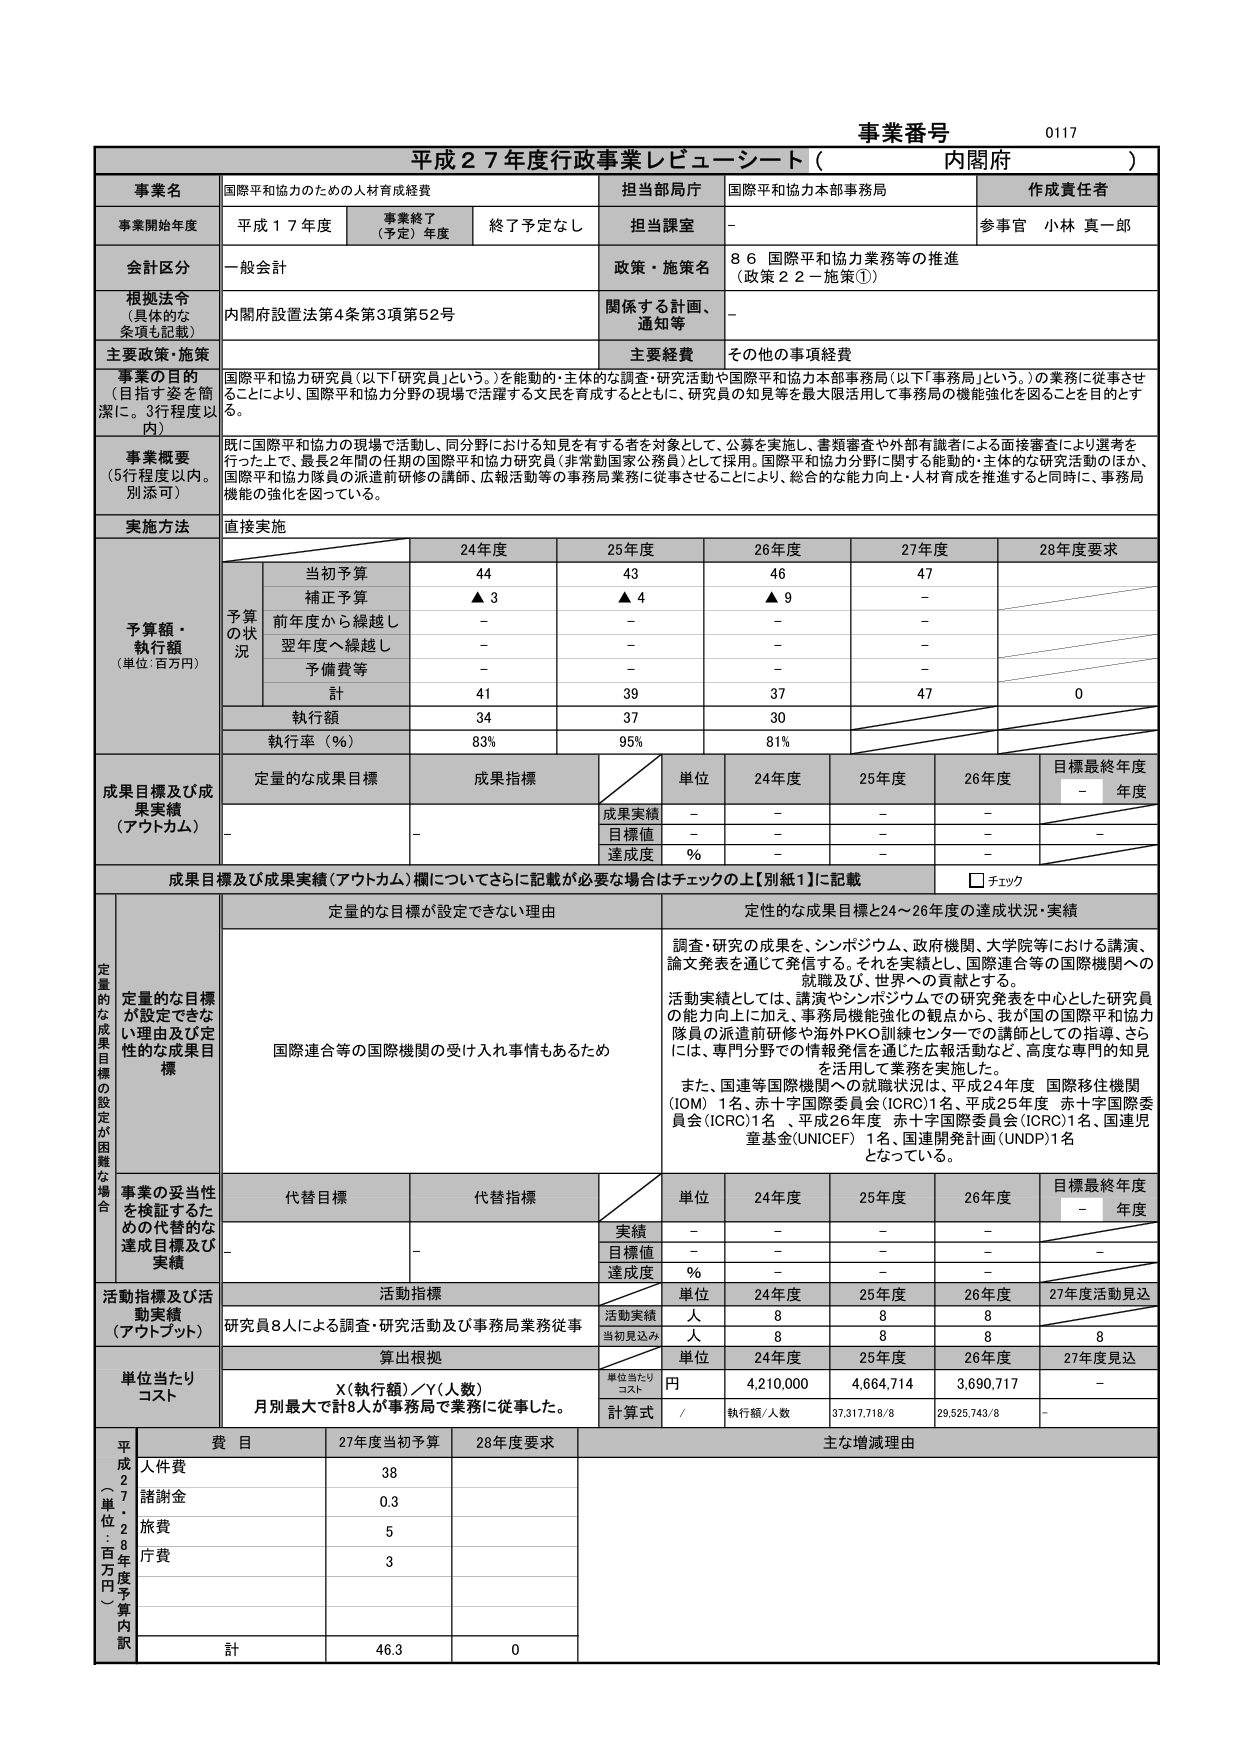
事業番号 0117
平成27年度行政事業レビュー・シート（内閣府）

事業名 国際平和協力のための人材育成経費
担当部局庁 国際平和協力本部事務局
作成責任者 参事官 小林 真一郎

事業開始年度 平成17年度
事業終了（予定）年度 終了予定なし
担当課室 -

会計区分 一般会計
政策・施策名 8.6 国際平和協力業務等の推進（政策22－施策①）

根拠法令（具体的な条項も記載） 内閣府設置法第4条第3項第52号
関係する計画、通知等 -

主要政策・施策 主要経費 その他の事項経費

事業の目的（目指す姿を簡潔に。3行程度以内）
国際平和協力研究員（以下「研究員」という。）を能動的・主体的な調査・研究活動や国際平和協力本部事務局（以下「事務局」という。）の業務に従事させることにより、国際平和協力分野の現場で活躍する文民を育成するとともに、研究員の知見等を最大限活用して事務局の機能強化を図ることを目的とする。

事業概要（5行程度以内。別添可）
既に国際平和協力の現場で活動し、同分野における知見を有する者を対象として、公募を実施し、書類審査や外部有識者による面接審査により選考を行った上で、最長2年間の任期の国際平和協力研究員（非常勤国家公務員）として採用。国際平和協力分野に関する能動的・主体的な研究活動のほか、国際平和協力隊員の派遣前研修の講師、広報活動等の事務局業務に従事させることにより、総合的な能力向上・人材育成を推進すると同時に、事務局機能の強化を図っている。

実施方法 直接実施

予算額・執行額（単位：百万円）
予算の状況
24年度 25年度 26年度 27年度 28年度要求
当初予算 44 43 46 47 -
補正予算 ▲3 ▲4 ▲9 - -
前年度から繰越し - - - - -
翌年度へ繰越し - - - - -
予備費等 - - - - -
計 41 39 37 47 0
執行額 34 37 30 - -
執行率（％） 83% 95% 81% - -

成果目標及び成果実績（アウトカム）
定量的な成果目標 成果指標
単位 24年度 25年度 26年度 目標最終年度 - 年度
成果実績 - - - - -
目標値 - - - - -
達成度 ％ - - - - -

成果目標及び成果実績（アウトカム）欄についてさらに記載が必要な場合はチェックの上【別紙1】に記載
□ チェック

定量的な成果目標の設定が困難な場合
定量的な目標が設定できない理由及び定性的な成果目標
国際連合等の国際機関の受け入れ事情もあるため
定性的な成果目標と24～26年度の達成状況・実績
調査・研究の成果を、シンポジウム、政府機関、大学院等における講演、論文発表を通じて発信する。それを実績とし、国際連合等の国際機関への就職及び、世界への貢献とする。
活動実績としては、講演やシンポジウムでの研究発表を中心とした研究員の能力向上に加え、事務局機能強化の観点から、我が国の国際平和協力隊員の派遣前研修や海外PKO訓練センターでの講師としての指導、さらには、専門分野での情報発信を通じた広報活動など、高度な専門的知見を活用して業務を実施した。
また、国連等国際機関への就職状況は、平成24年度 国際移住機関（IOM）1名、赤十字国際委員会（ICRC）1名、平成25年度 赤十字国際委員会（ICRC）1名 、平成26年度 赤十字国際委員会（ICRC）1名、国連児童基金（UNICEF）1名、国連開発計画（UNDP）1名となっている。

事業の妥当性を検証するための代替的な達成目標及び実績
代替目標 代替指標
単位 24年度 25年度 26年度 目標最終年度 - 年度
実績 - - - - -
目標値 - - - - -
達成度 ％ - - - - -

活動指標及び活動実績（アウトプット）
活動指標
単位 24年度 25年度 26年度 27年度活動見込
研究員8人による調査・研究活動及び事務局業務従事
活動実績 人 8 8 8 -
当初見込み 人 8 8 8 8

算出根拠
単位当たりコスト
単位 24年度 25年度 26年度 27年度見込
X（執行額）／Y（人数）
月別最大で計8人が事務局で業務に従事した。
円 4,210,000 4,664,714 3,690,717 -
計算式 / 執行額/人数 37,317,718/8 29,525,743/8 -

平成27年度予算内訳（単位：百万円）
費目 27年度当初予算 28年度要求 主な増減理由
人件費 38
諸謝金 0.3
旅費 5
庁費 3
計 46.3 0